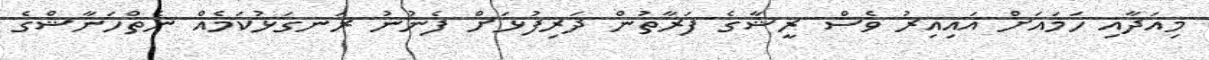
މިއަދާއި ހަމައަށް އައިއިރު ވެސް ރީޝާގެ ފަރާތުން ދަރިފުޅަށް ފެނުނު ރަނގަޅުކަމެއް ނެތްހަނާޝްގެ